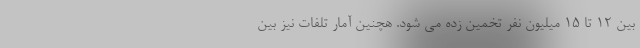
بین 12 تا 15 میلیون نفر تخمین زده می شود. هچنین آمار تلفات نیز بین